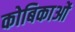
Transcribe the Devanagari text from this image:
कोबिकाओं